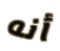
أنه